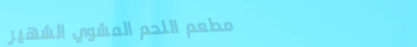
مطعم اللحم المشوي الشهير